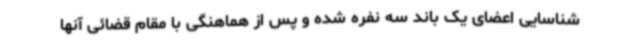
شناسایی اعضای یک باند سه نفره شده و پس از هماهنگی با مقام قضائی آنها